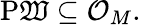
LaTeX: \operatorname{P\mathfrak{W}}\subseteq{\mathcal{{O}}}_{M}.